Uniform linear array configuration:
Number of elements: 64
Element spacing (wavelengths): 0.75
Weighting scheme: exponential
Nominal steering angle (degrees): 30
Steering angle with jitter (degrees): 30.316
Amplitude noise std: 0.05
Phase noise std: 0.05

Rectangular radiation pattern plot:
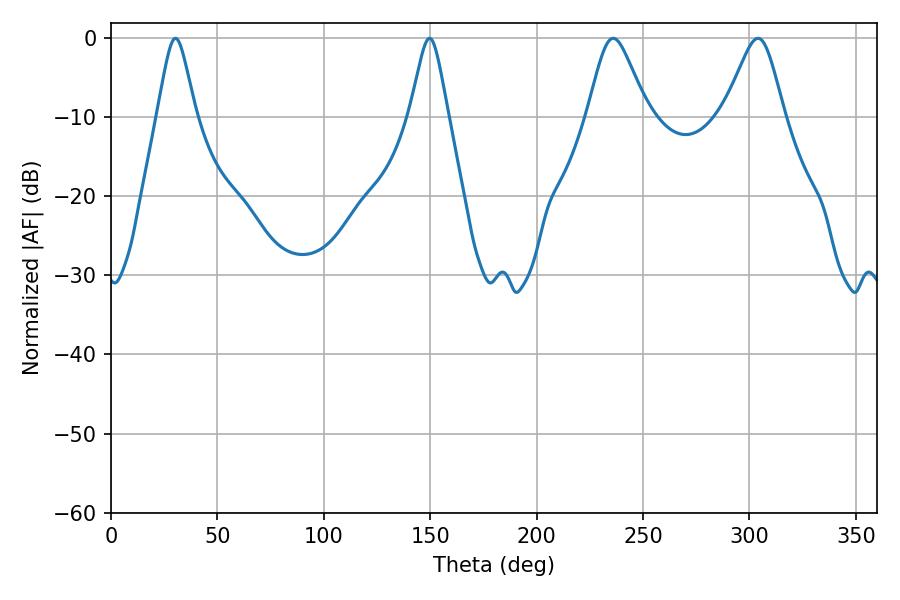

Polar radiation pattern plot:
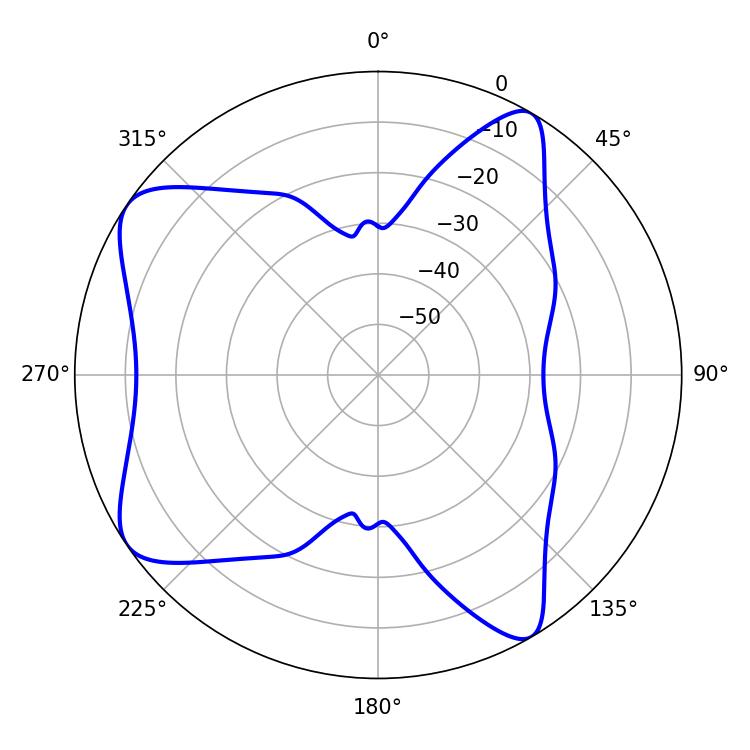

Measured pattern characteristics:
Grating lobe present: TRUE
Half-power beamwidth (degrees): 13.68
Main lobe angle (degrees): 304.02